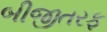
બીજીતરફ